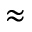
\approx